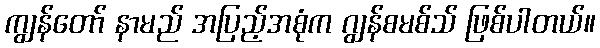
ကျွန်တော် နာမည် အပြည့်အစုံက ဂျွန်စမစ်သ် ဖြစ်ပါတယ်။